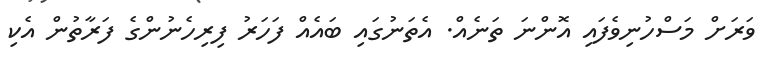
ވަރަށް މަސްހުނިވެފައި އޮންނަ ތަނެއް. އެތަނުގައި ބައެއް ފަހަރު ފިރިހެނުންގެ ފަރާތުން އެކި